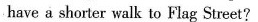
have a shorter walk to Flag Street?